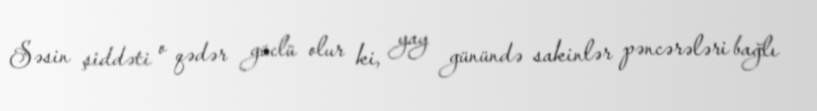
Səsin şiddəti o qədər güclü olur ki, yay günündə sakinlər pəncərələri bağlı